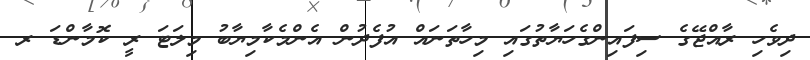
ދިވެހި ރާއްޖޭގެ ސިފައިންގެހަޔާތުގައި މިހާތަނައް އުފެދުން އެންމެކާމިޔާބު މިލަޓަ ރީ ކޮމާންޑަ ރ